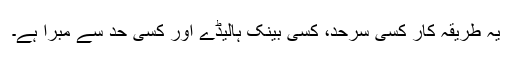
یہ طریقۂ کار کسی سرحد، کسی بینک ہالیڈے اور کسی حد سے مبرا ہے۔